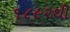
૧૮૯૨થી